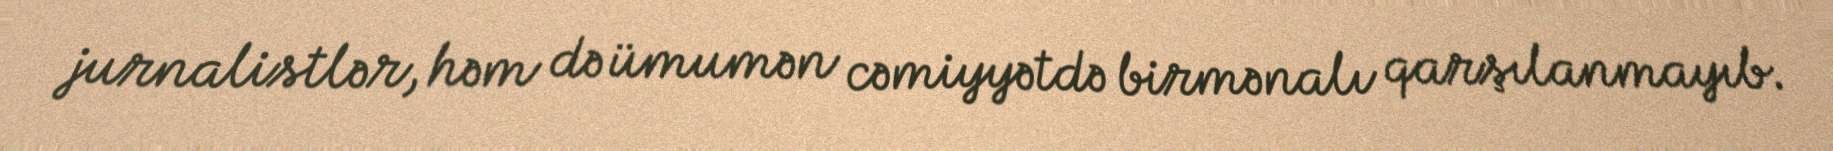
jurnalistlər, həm də ümumən cəmiyyətdə birmənalı qarşılanmayıb.